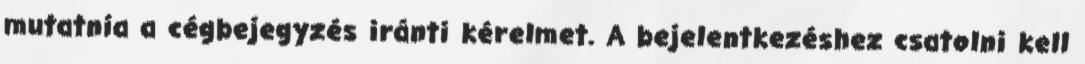
mutatnia a cégbejegyzés iránti kérelmet. A bejelentkezéshez csatolni kell